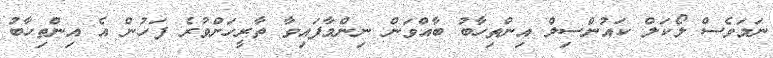
ނަމަވެސް ލޯކަލް ކައުންސިލް އިންތިހާބު ބާއްވަން ނިންމާފައިވާ ތާރީހަށްވުރެ ފަހުން އެ އިންތިހާބު